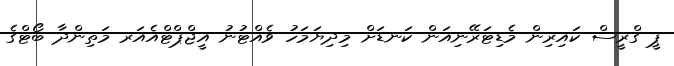
ޕީ ގްރީސް ކައިރިން މެޑިޓަރޭނިއަން ކަނޑަށް މިދިޔަމަހު ވެއްޓުނު އީޖްޕްޓްއެއަރ މަތިންދާ ބޯޓްގެ